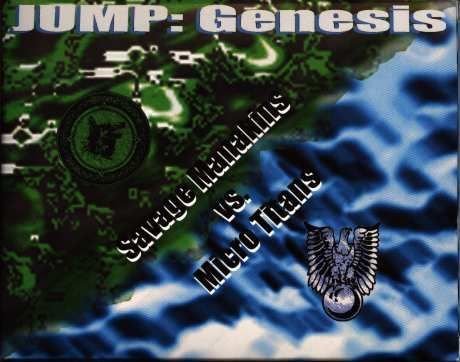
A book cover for JUMP: Genesis - Savage Manakins vs. Micro Titans & Die-Cast Messiahs vs. Cannibal Korp [lot of 2]; Crafts, Hobbies & Home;